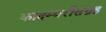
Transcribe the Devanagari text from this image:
कादम्बरीसंग्रह